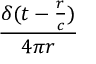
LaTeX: \frac { \delta ( t - { \frac { r } { c } } ) } { 4 \pi r }